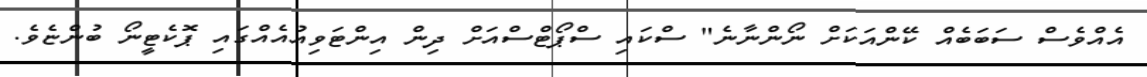
އެއްވެސް ސަބަބެއް ކޭންއަކަށް ނޯންނާނެ" ސްކައި ސްޕޯޓްސްއަށް ދިން އިންޓަވިއުއެއްގައި ޕޮކެޓީނޯ ބުންޏެވެ.